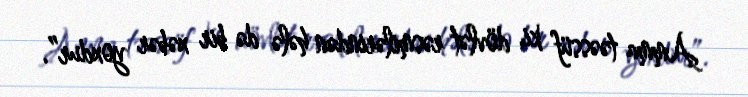
Amma təəssüf ki, dövlət rəsmilərindən hələ də bir xəbər yoxdur”.